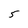
Character: 5